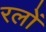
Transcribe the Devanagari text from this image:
रलों